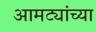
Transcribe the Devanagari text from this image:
आमट्यांच्या